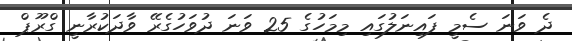
ދެ ވަނަ ސެމީ ފައިނަލުގައި މިމަހުގެ 25 ވަނަ ދުވަހުގެރޭ ވާދަކުރާނީ ގްރޫޕް